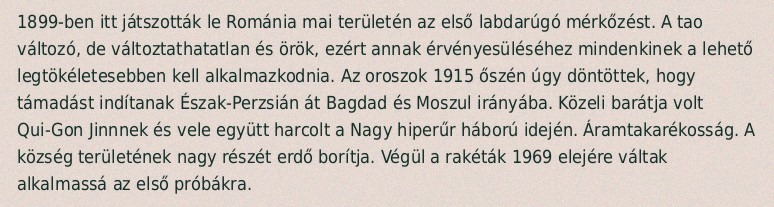
1899-ben itt játszották le Románia mai területén az első labdarúgó mérkőzést. A tao változó, de változtathatatlan és örök, ezért annak érvényesüléséhez mindenkinek a lehető legtökéletesebben kell alkalmazkodnia. Az oroszok 1915 őszén úgy döntöttek, hogy támadást indítanak Észak-Perzsián át Bagdad és Moszul irányába. Közeli barátja volt Qui-Gon Jinnnek és vele együtt harcolt a Nagy hiperűr háború idején. Áramtakarékosság. A község területének nagy részét erdő borítja. Végül a rakéták 1969 elejére váltak alkalmassá az első próbákra.